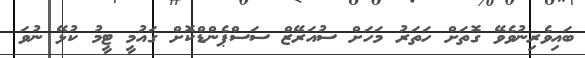
ބައިވެރިނުވެވޭ ގޮތަށް ހަތަރު މަހަށް ސުއަރޭޒް ސަސްޕެންޑްކޮށް ގައުމީ ޓީމު ކުޅޭ ނުވަ